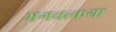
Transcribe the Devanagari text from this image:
भगवत्कथा